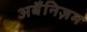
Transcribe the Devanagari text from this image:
अर्बैनिज़म